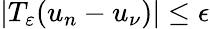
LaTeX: \lvert T_{\varepsilon}(u_{n}-u_{\nu})\rvert\leq\epsilon